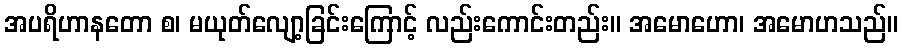
အပရိဟာနတော စ၊ မယုတ်လျော့ခြင်းကြောင့် လည်းကောင်းတည်း။ အမောဟော၊ အမောဟသည်။